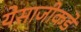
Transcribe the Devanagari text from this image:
येसाजीकडे